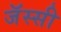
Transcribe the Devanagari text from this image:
जॅस्सी